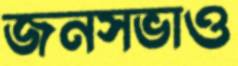
জনসভাও